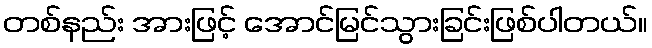
တစ်နည်း အားဖြင့် အောင်မြင်သွားခြင်းဖြစ်ပါတယ်။